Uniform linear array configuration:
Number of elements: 48
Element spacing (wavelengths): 0.5
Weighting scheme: exponential
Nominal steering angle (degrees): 15
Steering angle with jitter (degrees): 13.093
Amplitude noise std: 0.05
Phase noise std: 0.05

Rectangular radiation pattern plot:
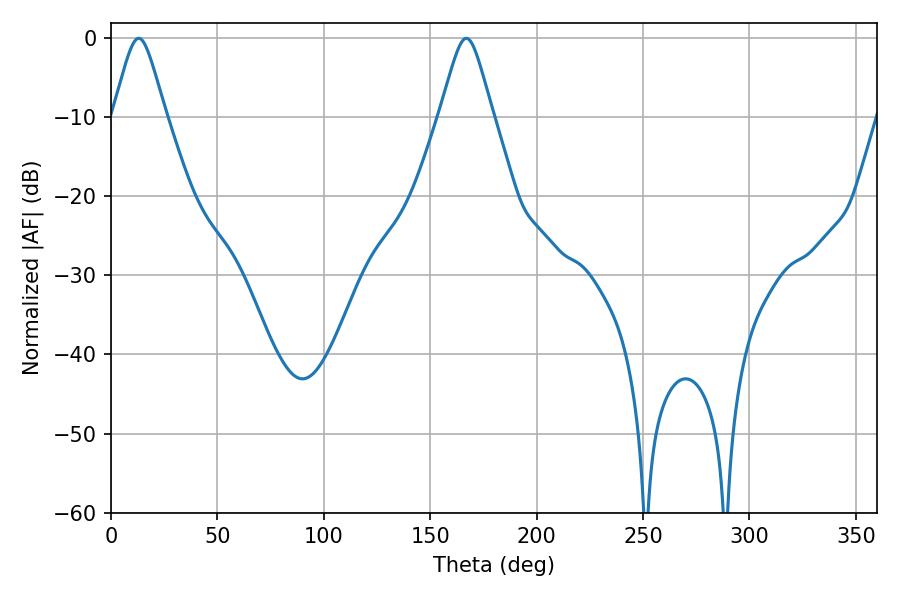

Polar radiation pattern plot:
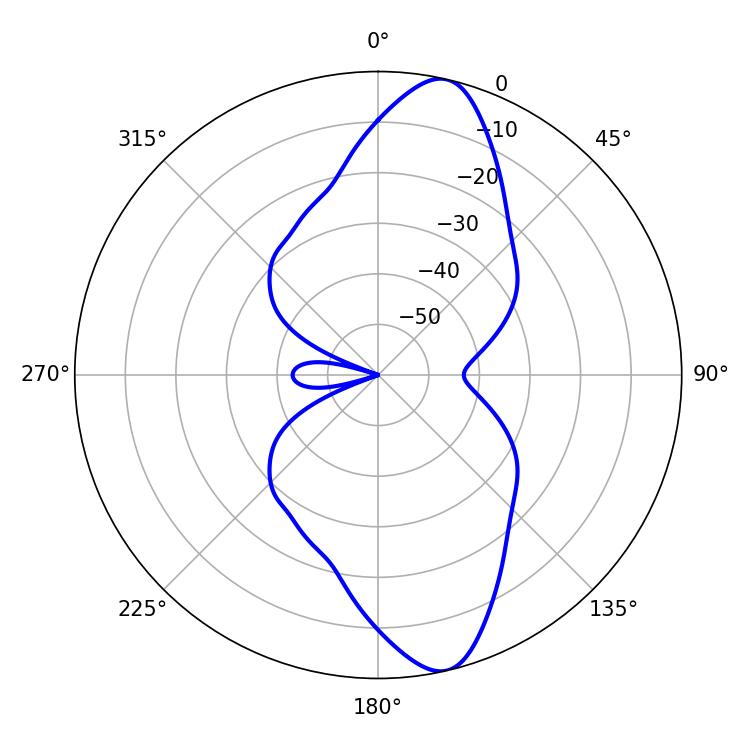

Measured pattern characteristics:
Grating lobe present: FALSE
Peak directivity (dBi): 12.421
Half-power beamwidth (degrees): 11.88
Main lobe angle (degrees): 12.96